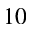
1 0